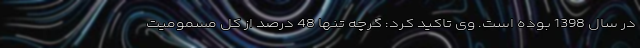
در سال 1398 بوده است. وی تاکید کرد: گرچه تنها 48 درصد از کل مسمومیت